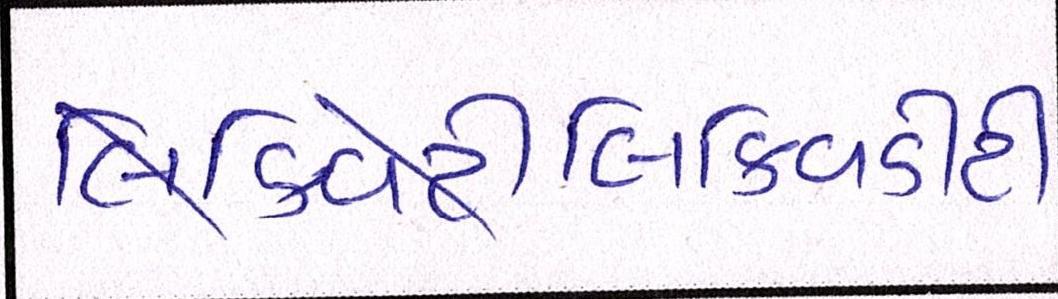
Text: લિક્વિડીટી